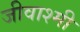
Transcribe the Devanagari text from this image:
जीवाश्मी